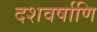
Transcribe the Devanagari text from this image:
दशवर्षाणि